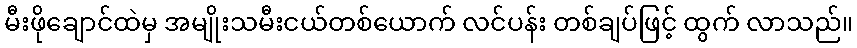
မီးဖိုချောင်ထဲမှ အမျိုးသမီးငယ်တစ်ယောက် လင်ပန်း တစ်ချပ်ဖြင့် ထွက် လာသည်။